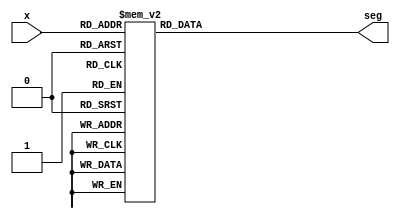
`timescale 1ns / 1ps

module bcdto8segment_dataflow(
    input [3:0] x,
	output reg [7:0] seg
);

always @(x)
    begin
        case(x)
        4'b0000 : seg <= 8'b11000000;
        4'b0001 : seg <= 8'b11111001;
        4'b0010 : seg <= 8'b10100100;
        4'b0011 : seg <= 8'b10110000;
        4'b0100 : seg <= 8'b10011001;
        4'b0101 : seg <= 8'b10010010;
        4'b0110 : seg <= 8'b10000010;
        4'b0111 : seg <= 8'b11111000;
        4'b1000 : seg <= 8'b10000000;
        4'b1001 : seg <= 8'b10010000;
        default : seg <= 8'b1xxxxxxx;
        endcase
    end

endmodule